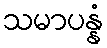
သမာပန္နံ